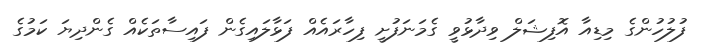
ފުލުހުންގެ މިޑިއާ އޮފިޝަލް ވިދާޅުވީ ގެމަނަފުށީ ފިހާރައެއް ފަޅާލައިގެން ފައިސާތަކެއް ގެންދިޔަ ކަމުގެ